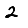
Digit: 2